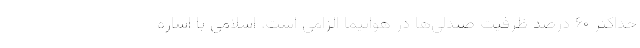
حداکثر ۶۰ درصد ظرفیت صندلی‌ها در هواپیما الزامی است. اسلامی با اشاره